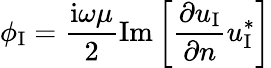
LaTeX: \phi_{\textup{I}}=\frac{\mathrm{i}\omega\mu}{2}\mathrm{Im}\left[\frac{\partial u_{\textup{I}}}{\partial n}u_{\textup{I}}^{*}\right]